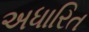
અધારિત